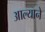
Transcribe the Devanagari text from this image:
आल्‍याने